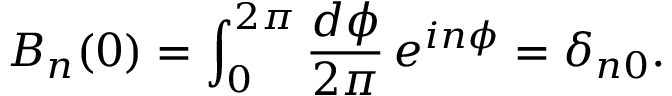
B _ { n } ( 0 ) = \int _ { 0 } ^ { 2 \pi } \frac { d \phi } { 2 \pi } \, e ^ { i n \phi } = \delta _ { n 0 } .